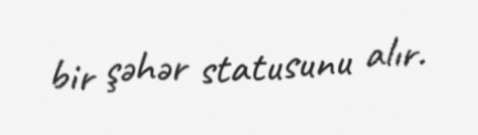
bir şəhər statusunu alır.